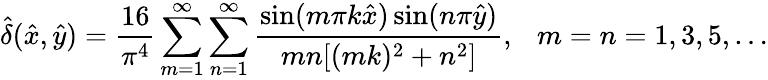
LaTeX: \hat{\delta}(\hat{x},\hat{y})=\frac{16}{\pi^{4}}\sum_{m=1}^{\infty}\sum_{n=1}^{\infty}\frac{\sin(m\pi k\hat{x})\sin(n\pi\hat{y})}{mn[(mk)^{2}+n^{2}]},\ \ \ m=n=1,3,5,\dots